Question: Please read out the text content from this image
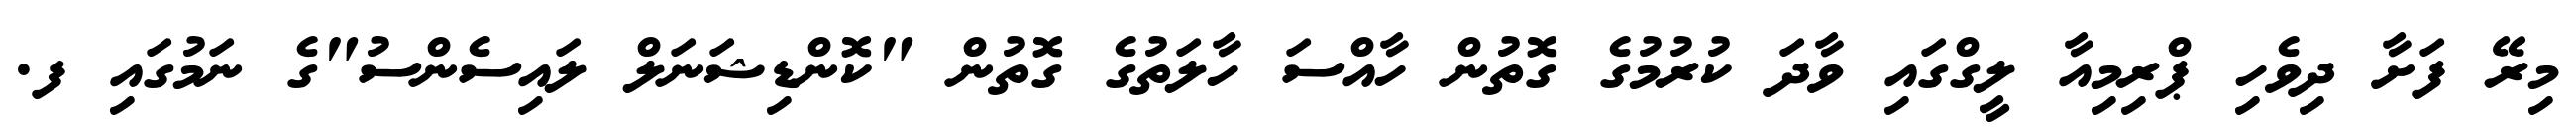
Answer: މިރޭ ފަށާ ދިވެހި ޕްރިމިއާ ލީގްގައި ވާދަ ކުރުމުގެ ގޮތުން ހާއްސަ ހާލަތުގެ ގޮތުން "ކޮންޑިޝަނަލް ލައިސެންސު"ގެ ނަމުގައި ފ.